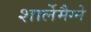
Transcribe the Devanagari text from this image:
शार्लेमैग्ने